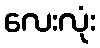
လေးလုံး